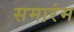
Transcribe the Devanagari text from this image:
समारंम